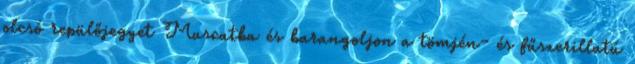
olcsó repülőjegyet Muscatba és barangoljon a tömjén- és fűszerillatú